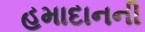
હમાદાનની